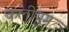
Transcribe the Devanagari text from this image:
कलीयुग